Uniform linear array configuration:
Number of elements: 4
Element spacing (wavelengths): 0.25
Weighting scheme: uniform
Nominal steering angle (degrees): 45
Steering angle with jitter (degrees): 44.881
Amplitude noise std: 0.05
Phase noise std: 0.05

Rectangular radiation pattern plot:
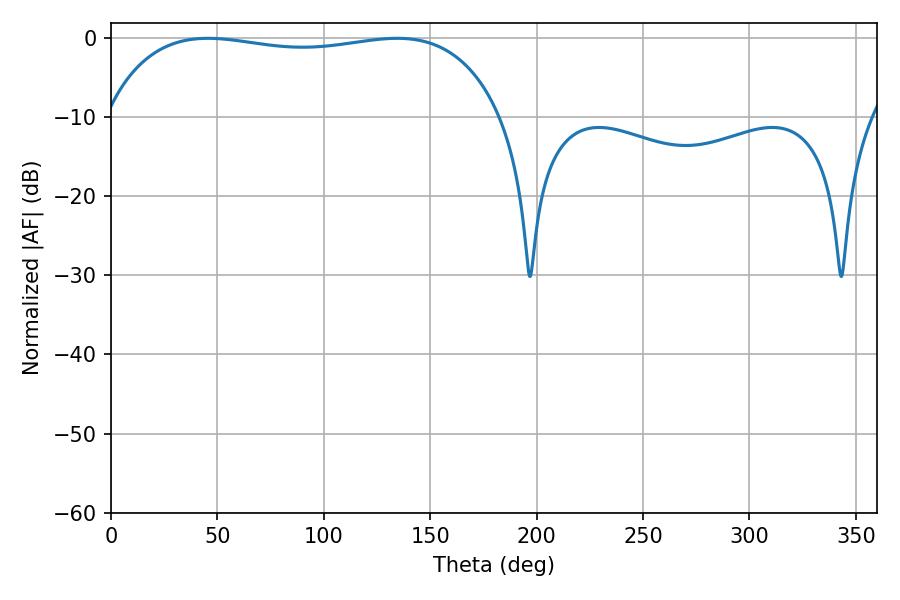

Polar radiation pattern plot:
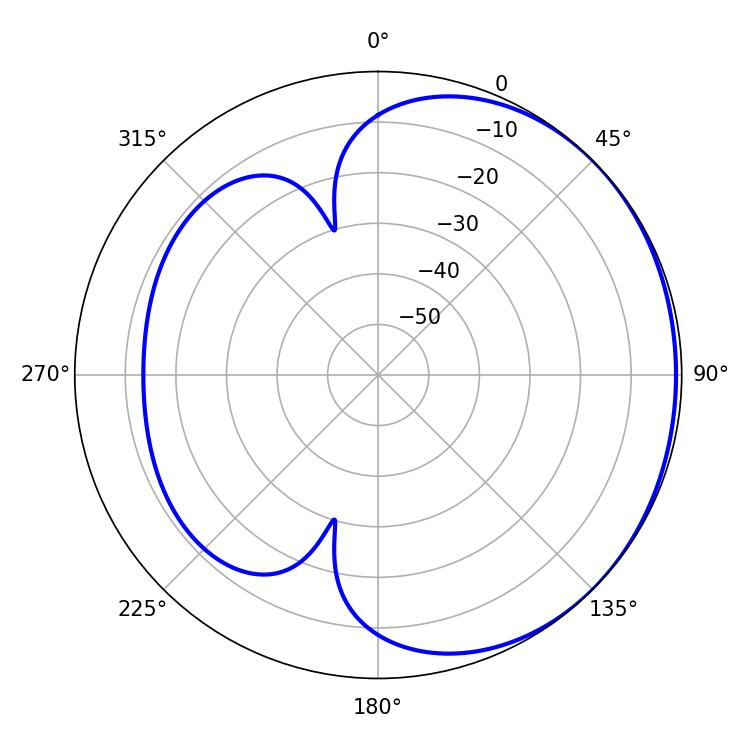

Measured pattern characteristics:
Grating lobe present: FALSE
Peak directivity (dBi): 0.9712
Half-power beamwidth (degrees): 150.12
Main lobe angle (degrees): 45.54